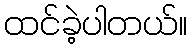
ထင်ခဲ့ပါတယ်။